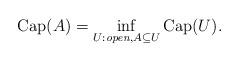
LaTeX: \begin{align*} {\rm Cap}(A)=\inf_{U:{\it open}, A\subseteq U}{\rm Cap}(U). \end{align*}